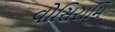
વોસિરામિ